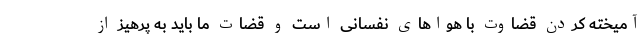
آمیخته کردن قضاوت با هواهای نفسانی است و قضات ما باید به پرهیز از